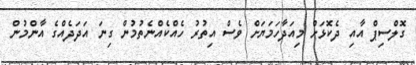
ގޮލްސިޕް އާއި ދެކޮޅަށް މިއަދާހަމަޔަށް ވެސް އިތުރު ހެއްކެއްނެތުމުން ގިނަ އަދަދެއްގެ އާންމުން